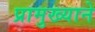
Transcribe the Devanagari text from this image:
प्रामुख्‍याने